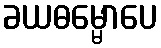
ခယဓမ္မောပေ